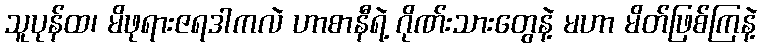
သူပုန်ထ၊ မိဖုရားဇရဒါကလဲ ဟာစာနီရဲ့ ဂိုဏ်းသားတွေနဲ့ မဟာ မိတ်ဖြစ်ကြနဲ့